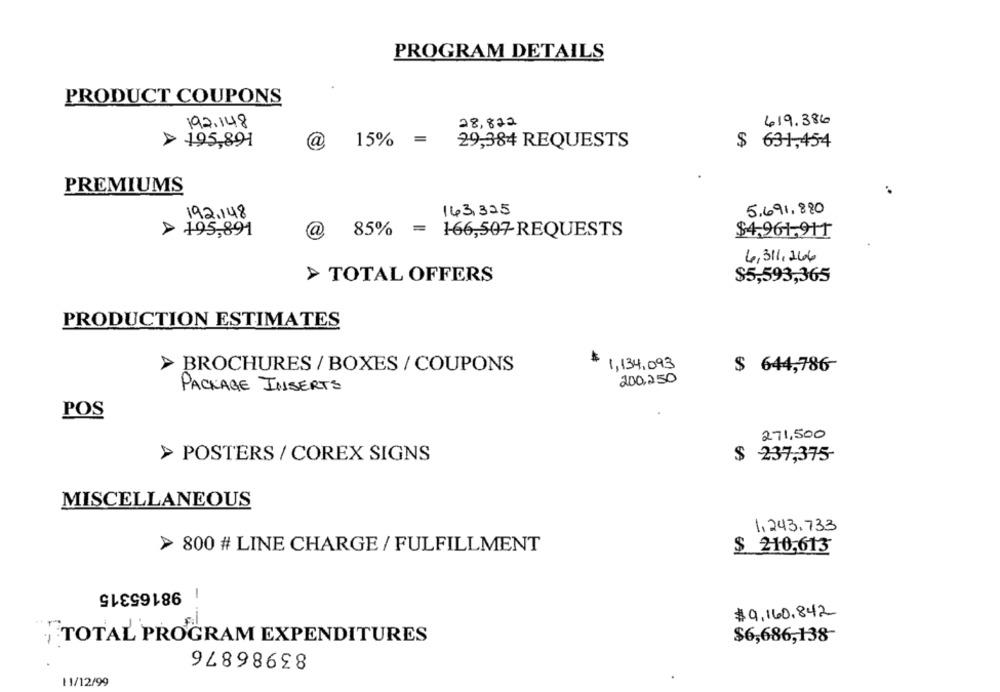
PROGRAM DETAILS
PRODUCT COUPONS
192.148
28,822
419.386
> 195,891
@
15%
=
29,384 REQUESTS
$ 631,454
PREMIUMS
192.148
143,325
5.691,820
> 195,891
@
85% = 166,507-REQUESTS
$4,961,917
6,311,266
> TOTAL OFFERS
$5,593,365
PRODUCTION ESTIMATES
1,134,093
> BROCHURES / BOXES / COUPONS
$ 644,786-
200.250
PACKAGE INSERTS
POS
271,500
> POSTERS / COREX SIGNS
$ 237,375-
MISCELLANEOUS
1.243.733
> 800 # LINE CHARGE / FULFILLMENT
$ 210,613
98165315
-
$9,160.842
TOTAL PROGRAM EXPENDITURES
83986876
$6,686,138-
11/12/99